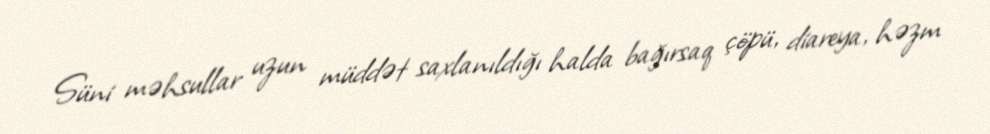
Süni məhsullar uzun müddət saxlanıldığı halda bağırsaq çöpü, diareya, həzm